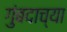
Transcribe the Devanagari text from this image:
गुंबदाच्या